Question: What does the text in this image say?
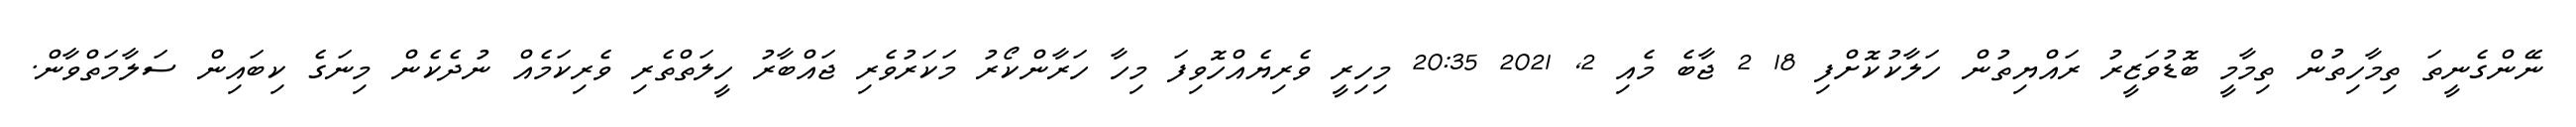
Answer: ނޭންގެނީތަ ތިމާހިތުން ތިމާމީ ބޮޑުވަޒީރު ރައްޔިތުން ހަލާކުކޮށްފި 18 2 ޖާބެ މެއި 2, 2021 20:35 މިހިރީ ވެރިޔެއްހޮވިފަ މިހާ ހަރާންކޯރު މަކަރުވެރި ޖައްބާރު ހީލަތްތެރި ވެރިކަމެއް ނުދެކެން މިނަގެ ކިބައިން ސަލާމަތްވާން.